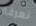
نعرفه